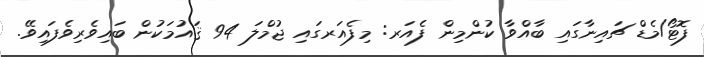
ފޮޓޯ/މެޑް ޗައިނާގައި ބާއްވާ ކުންމިން ފެއަރ: މިފެއަރގައި ޖުމްލަ 94 ޤައުމަކުން ބައިވެރިވެފައިވޭ.